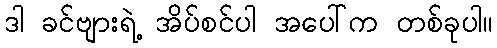
ဒါ ခင်ဗျားရဲ့ အိပ်စင်ပါ အပေါ်က တစ်ခုပါ။